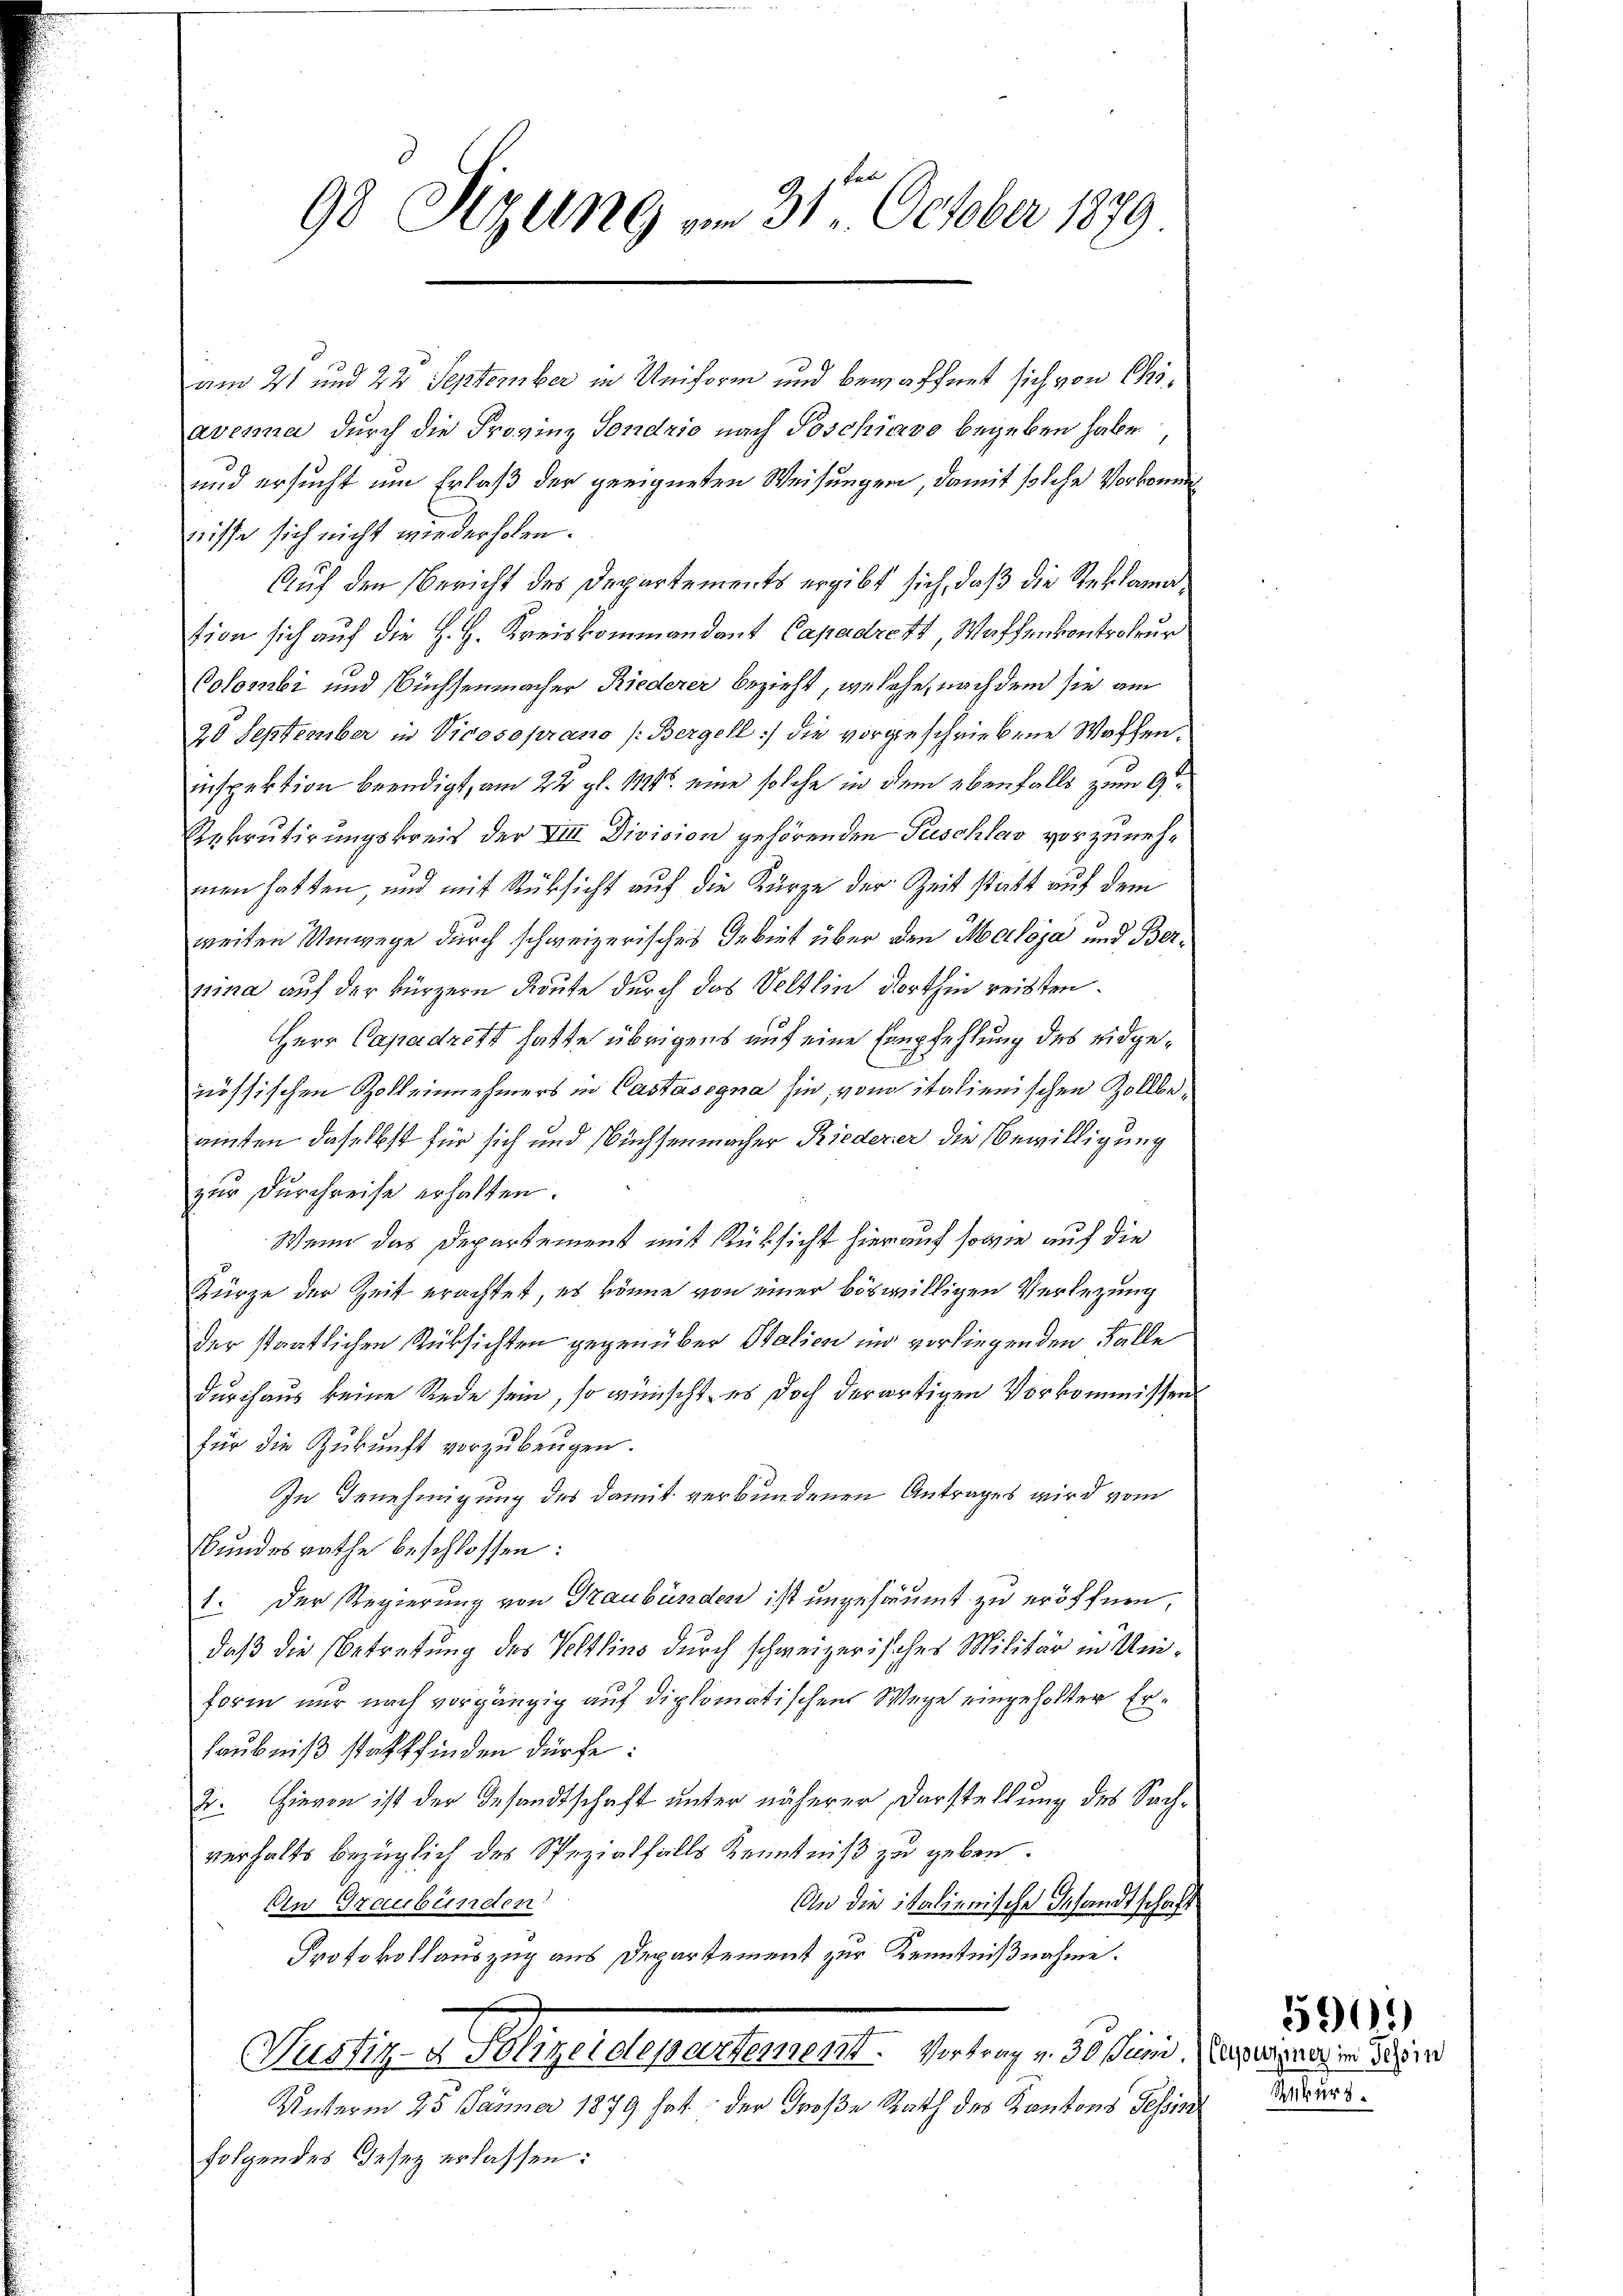
98 Sizung vom 31. October 1879

am 21 und 22 September in Uniform und bewaffnet sich von Ciaverna durch die Provinz sondrio nach Poschiavo begeben habe,
und ersucht um Erlaß der geeigneten Weisungen, damit solche Vorkomm
nisse sich nicht wiederholen.
Auf den Bericht des Departements ergibt sich, daß die Steklamation sich auf die H. H. Kreiskommandant Capadrett, Waffenkontroleur
Colombi und Nüchsenmacher Riederer bezieht, welche, nach dem sie am
20 September in Vicosoprano (Bergell die vorgeschriebene Waffen.
inspektion beendigt, am 22. gl. 114. eine solche in dem ebenfalls zum 9ten
Rekrutirungskreis der VIII Division gehörenden Puschlav vorzunehmen hatten, und mit Rüksicht auf die Kürze der Zeit statt auf dem
weiten Umwege durch schweizerisches Gebiet über den Maloja und Berpina auf der kürzern Reute durch das Veltlin dorthin reisten.
Herr Capadrett hatte übrigens auf eine Empfehlung des eidgenössischen Zolleinnehmers in Castasogna sie, von italienischen Zollbeauten daselbst für sich und Büchsenmacher Riederer die Bewilligung
zur Durchreise erhalten.
Wenn das Departement mit Rüksicht hierauf sowie auf die
Kürze der Zeit erachtet, es könne von einer böswilligen Verlegung
Der staatlichen Rüksichten gegenüber Italien und verliegenden Falle
durchaus keine Rede sein, so wünscht, es doch der artigen Vorkommissen
für die Zukunft vorzubeugen.
In Benehmigung des damit verbundenen Antrages wird vom
Bundesrathe beschlossen:
1. Der Regierung von Graubünden ist ungesäumt zu eröffnen,
daß die Betretung des Veltlins durch schweizerisches Militär in Uni¬
Form nur nach vorgängig auf diplomatischen Wege eingeholter Erlaubniß stattfinden dürfe:
2. Hievon ist der Gesandtschaft unter näherer Darstellung des Sachverhalts bezüglich des Spezialfalls Kenntniß zu geben.
Den Graubünden
An die italienische Gesandtschaft
Protokollauszug aus Departement zur Kenntnißnahme.
Pustiz- u. Klagerecherheiment. Wertung v. 30 in dieser unseren einer
Unterm 25. Jänner 1879 hat der Große Rath des Kantons Tessin
folgendes Gesez erlassen:

Unkurs.

5909